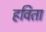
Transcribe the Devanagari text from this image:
हविता